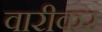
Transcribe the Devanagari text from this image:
वारीकर